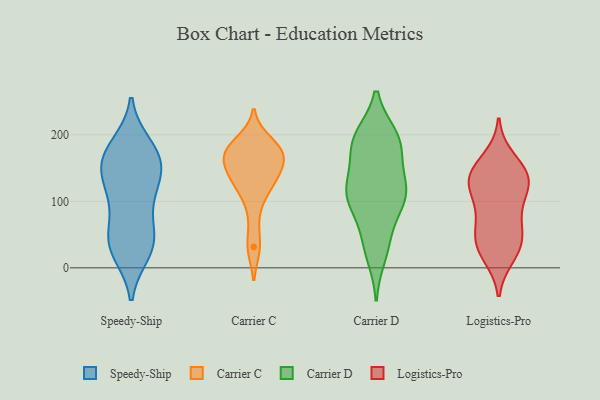
{"axis": {"x": "Churn Rate (%)", "y": "Value"}, "legend": ["Carrier C", "Carrier D", "Logistics-Pro", "Speedy-Ship"], "data": [{"x": "", "y": 182, "type": "Speedy-Ship"}, {"x": "", "y": 100, "type": "Speedy-Ship"}, {"x": "", "y": 150, "type": "Speedy-Ship"}, {"x": "", "y": 166, "type": "Speedy-Ship"}, {"x": "", "y": 165, "type": "Speedy-Ship"}, {"x": "", "y": 117, "type": "Speedy-Ship"}, {"x": "", "y": 39, "type": "Speedy-Ship"}, {"x": "", "y": 47, "type": "Speedy-Ship"}, {"x": "", "y": 150, "type": "Speedy-Ship"}, {"x": "", "y": 169, "type": "Speedy-Ship"}, {"x": "", "y": 42, "type": "Speedy-Ship"}, {"x": "", "y": 25, "type": "Speedy-Ship"}, {"x": "", "y": 34, "type": "Speedy-Ship"}, {"x": "", "y": 116, "type": "Speedy-Ship"}, {"x": "", "y": 119, "type": "Carrier C"}, {"x": "", "y": 175, "type": "Carrier C"}, {"x": "", "y": 178, "type": "Carrier C"}, {"x": "", "y": 150, "type": "Carrier C"}, {"x": "", "y": 32, "type": "Carrier C"}, {"x": "", "y": 157, "type": "Carrier C"}, {"x": "", "y": 168, "type": "Carrier C"}, {"x": "", "y": 178, "type": "Carrier C"}, {"x": "", "y": 127, "type": "Carrier C"}, {"x": "", "y": 179, "type": "Carrier C"}, {"x": "", "y": 175, "type": "Carrier C"}, {"x": "", "y": 189, "type": "Carrier C"}, {"x": "", "y": 160, "type": "Carrier C"}, {"x": "", "y": 31, "type": "Carrier C"}, {"x": "", "y": 116, "type": "Carrier C"}, {"x": "", "y": 138, "type": "Carrier C"}, {"x": "", "y": 137, "type": "Carrier C"}, {"x": "", "y": 79, "type": "Carrier C"}, {"x": "", "y": 113, "type": "Carrier D"}, {"x": "", "y": 99, "type": "Carrier D"}, {"x": "", "y": 193, "type": "Carrier D"}, {"x": "", "y": 43, "type": "Carrier D"}, {"x": "", "y": 189, "type": "Carrier D"}, {"x": "", "y": 20, "type": "Carrier D"}, {"x": "", "y": 37, "type": "Carrier D"}, {"x": "", "y": 92, "type": "Carrier D"}, {"x": "", "y": 134, "type": "Carrier D"}, {"x": "", "y": 176, "type": "Carrier D"}, {"x": "", "y": 113, "type": "Carrier D"}, {"x": "", "y": 109, "type": "Carrier D"}, {"x": "", "y": 186, "type": "Carrier D"}, {"x": "", "y": 115, "type": "Carrier D"}, {"x": "", "y": 121, "type": "Carrier D"}, {"x": "", "y": 193, "type": "Carrier D"}, {"x": "", "y": 196, "type": "Carrier D"}, {"x": "", "y": 69, "type": "Logistics-Pro"}, {"x": "", "y": 137, "type": "Logistics-Pro"}, {"x": "", "y": 132, "type": "Logistics-Pro"}, {"x": "", "y": 133, "type": "Logistics-Pro"}, {"x": "", "y": 163, "type": "Logistics-Pro"}, {"x": "", "y": 111, "type": "Logistics-Pro"}, {"x": "", "y": 139, "type": "Logistics-Pro"}, {"x": "", "y": 62, "type": "Logistics-Pro"}, {"x": "", "y": 30, "type": "Logistics-Pro"}, {"x": "", "y": 19, "type": "Logistics-Pro"}, {"x": "", "y": 39, "type": "Logistics-Pro"}, {"x": "", "y": 36, "type": "Logistics-Pro"}, {"x": "", "y": 136, "type": "Logistics-Pro"}, {"x": "", "y": 96, "type": "Logistics-Pro"}]}